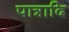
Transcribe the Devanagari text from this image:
पात्रादि